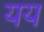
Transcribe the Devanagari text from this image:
यय